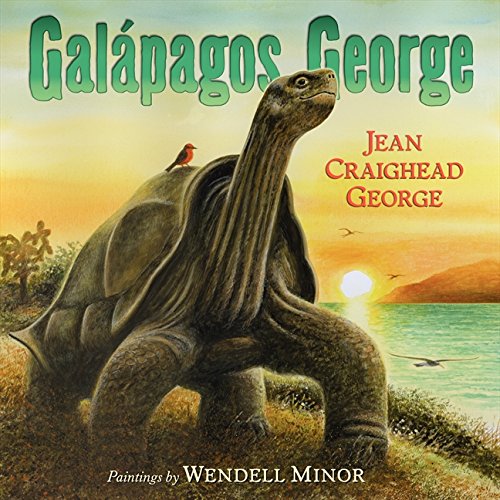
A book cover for Galapagos George; Jean Craighead George; Children's Books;